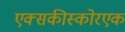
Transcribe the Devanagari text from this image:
एक्सकीस्कोरएक